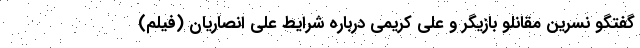
گفتگو نسرین مقانلو بازیگر و علی کریمی درباره شرایط علی انصاریان (فیلم)